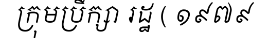
ក្រុមប្រឹក្សា រដ្ឋ ( ១៩៧៩